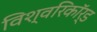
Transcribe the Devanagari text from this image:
विश्वरिकॉर्ड